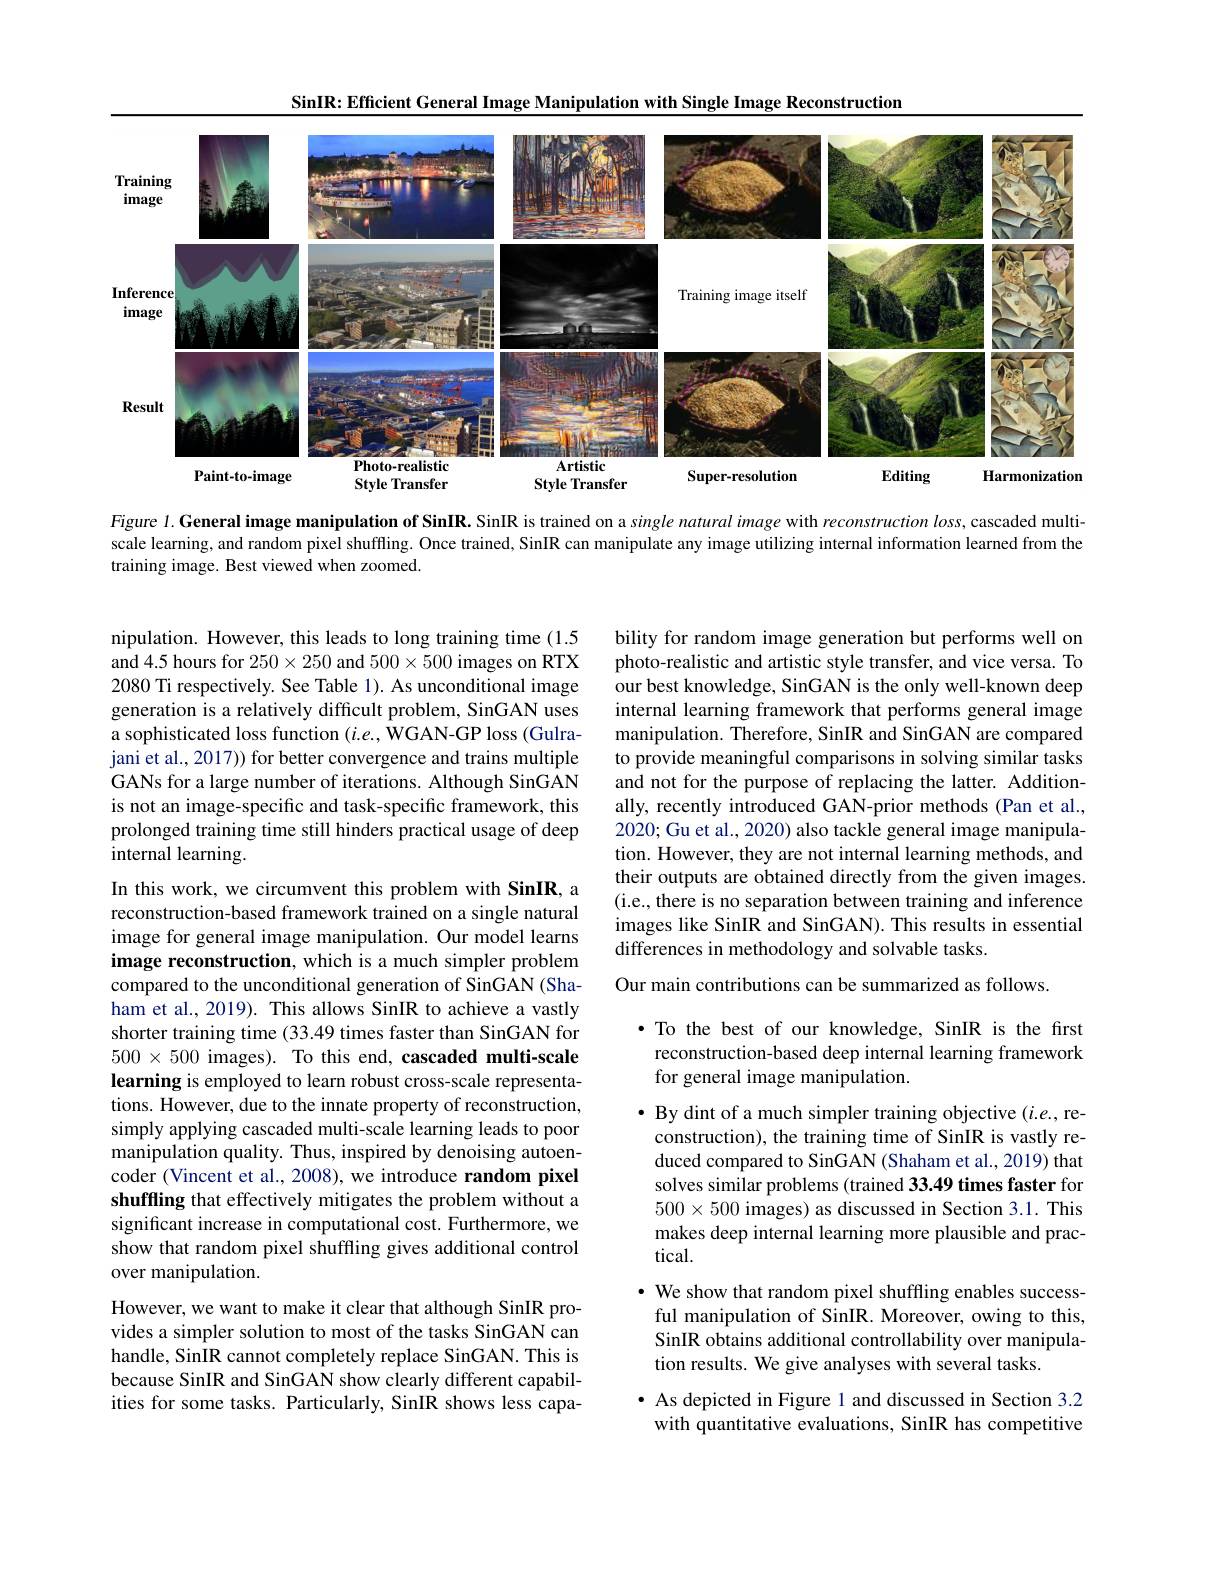
SinIR: Efficient General Image Manipulation with Single Image Reconstruction

<FigureHere>

Figure $l. \textbf{General image manipulation of SinIR. SinIR is trained on a single natural image with reconstruction loss, cascaded multi- General image maning aning a sing le matural on a sing le natural image with reconstruction loss, cascaded multi- and ara}$ scale learning, and random pixel shuffling. Once trained, SinIR can manipulate any image utilizing internal information learned from the training image. Best viewed when zoomed.

bility for random image generation but performs well on photo-realistic and artistic style transfer, and vice versa. To our best knowledge, SinGAN is the only well-known deep internal learning framework that performs general image manipulation. Therefore, SinIR and SinGAN are compared to provide meaningful comparisons in solving similar tasks and not for the purpose of replacing the latter. Additionally, recently introduced GAN-prior methods (Pan et al., 2020; Gu et al., 2020) also tackle general image manipulation. However, they are not internal learning methods, and their outputs are obtained directly from the given images. (i.e., there is no separation between training and inference images like SinIR and SinGAN). This results in essential differences in methodology and solvable tasks.

Our main contributions can be summarized as follows.

nipulation. However, this leads to long training time (1.5 and 4.5 hours for $250\times250$ and $500\times500$ images on RTX 2080 Ti respectively. See Table 1). As unconditional image generation is a relatively difficult problem, SinGAN uses a sophisticated loss function (i.e., WGAN-GP loss (Gulrajani et al., 2017)) for better convergence and trains multiple GANs for a large number of iterations. Although SinGAN is not an image-specific and task-specific framework, this prolonged training time still hinders practical usage of deep internal learning.
In this work, we circumvent this problem with SinIR, a reconstruction-based framework trained on a single natural image for general image manipulation. Our model learns image reconstruction, which is a much simpler problem compared to the unconditional generation of SinGAN (Shaham et al., 2019). This allows SinIR to achieve a vastly shorter training time (33.49 times faster than SinGAN for $500\times500$ images). To this end, cascaded multi-scale learning is employed to learn robust cross-scale representations. However, due to the innate property of reconstruction, simply applying cascaded multi-scale learning leads to poor manipulation quality. Thus, inspired by denoising autoencoder (Vincent et al., 2008), we introduce random pixel shuffling that effectively mitigates the problem without a significant increase in computational cost. Furthermore, we show that random pixel shuffling gives additional control over manipulation.
However, we want to make it clear that although SinIR provides a simpler solution to most of the tasks SinGAN can handle, SinIR cannot completely replace SinGAN. This is because SinIR and SinGAN show clearly different capabilities for some tasks. Particularly, SinIR shows less capa-

·To the best of our knowledge, SinIR is the first reconstruction-based deep internal learning framework for general image manipulation.

$\bullet$ By dint of a much simpler training objective $(i.e.$, re-
construction), the training time of SinIR is vastly reduced compared to SinGAN (Shaham et al., 2019) that solves similar problems (trained 33.49 times faster for $500\times500$ images) as discussed in Section 3.1. This makes deep internal learning more plausible and practical.
$\cdot$ We show that random pixel shuffling enables successful manipulation of SinIR. Moreover, owing to this, SinIR obtains additional controllability over manipulation results. We give analyses with several tasks.

$\bullet$ As depicted in Figure 1 and discussed in Section 3.2 with quantitative evaluations, SinIR has competitive